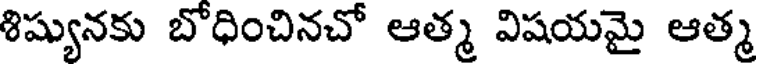
శిష్యునకు బోధించినచో ఆత్మ విషయమై ఆత్మ